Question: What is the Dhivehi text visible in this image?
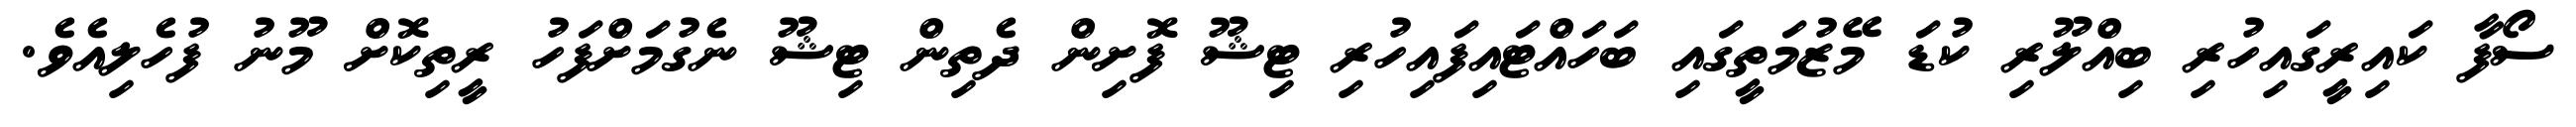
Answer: ސޯފާ ކައިރީގައިހުރި ބިއްލޫރި ކުޑަ މޭޒުމަތީގައި ބަހައްޓައިފައިހުރި ޓިޝޫ ފޮށިން ދެތިން ޓިޝޫ ނެގުމަށްފަހު ރީތިކޮށް މޫނު ފުހެލިއެވެ.